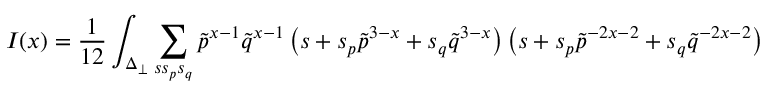
I ( x ) = \frac { 1 } { 1 2 } \int _ { \Delta _ { \perp } } \sum _ { s s _ { p } s _ { q } } { \tilde { p } } ^ { x - 1 } { \tilde { q } } ^ { x - 1 } \left( s + s _ { p } { \tilde { p } } ^ { 3 - x } + s _ { q } { \tilde { q } } ^ { 3 - x } \right) \left( s + s _ { p } { \tilde { p } } ^ { - 2 x - 2 } + s _ { q } { \tilde { q } } ^ { - 2 x - 2 } \right)